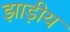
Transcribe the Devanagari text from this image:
झाड़ीय